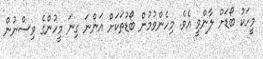
މީހަކު ބޯޑަށް ލާންވީ އެވެ. މިހެންވުމުން ބޯޑުތަކަށް އަންނަ ގިނަ މީހުންގެ ވިސްނުން